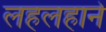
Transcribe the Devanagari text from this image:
लहलहाने